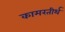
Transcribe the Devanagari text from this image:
कामरतीर्थ